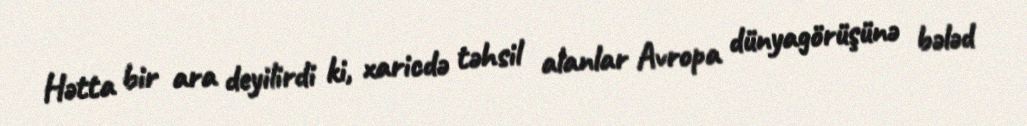
Hətta bir ara deyilirdi ki, xaricdə təhsil alanlar Avropa dünyagörüşünə bələd